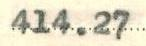
414.27